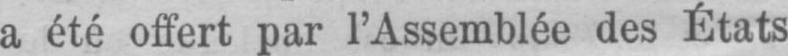
a été offert par l’Assemblée des États